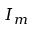
I _ { m }